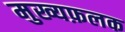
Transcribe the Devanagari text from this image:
मुख्यफ़लक